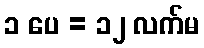
၁ ပေ = ၁၂ လက်မ